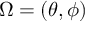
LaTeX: \Omega = ( \theta , \phi )